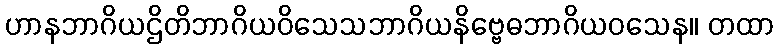
ဟာနဘာဂိယဌိတိဘာဂိယဝိသေသဘာဂိယနိဗ္ဗေဓဘာဂိယဝသေန။ တထာ